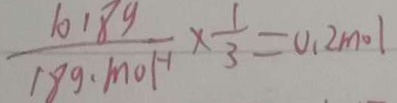
\frac { 1 0 . 8 g } { 1 8 g . m o H } \times \frac { 1 } { 3 } = 0 . 2 m o l